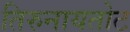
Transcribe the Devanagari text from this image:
तिरुनायतोट